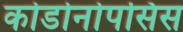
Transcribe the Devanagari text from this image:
कोडोनोपसिस